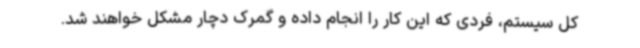
کل سیستم، فردی که این کار را انجام داده و گمرک دچار مشکل خواهند شد.